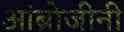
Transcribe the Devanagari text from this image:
आंब्रोजीनी